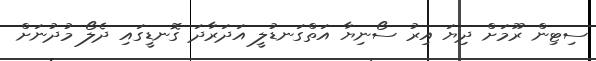
ސިޓިން ރޫމަށް ދިޔަ އިރު ސޯނިޔާ އަތްގަނޑުލީ އަދަރާދަ ގޮނޑީގައި ދެލޯ މުދުނަށް